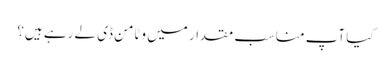
کیا آپ مناسب مقدار میں وٹامن ڈی لے رہے ہیں؟